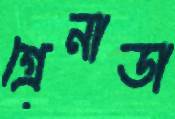
গ্রেনাডা